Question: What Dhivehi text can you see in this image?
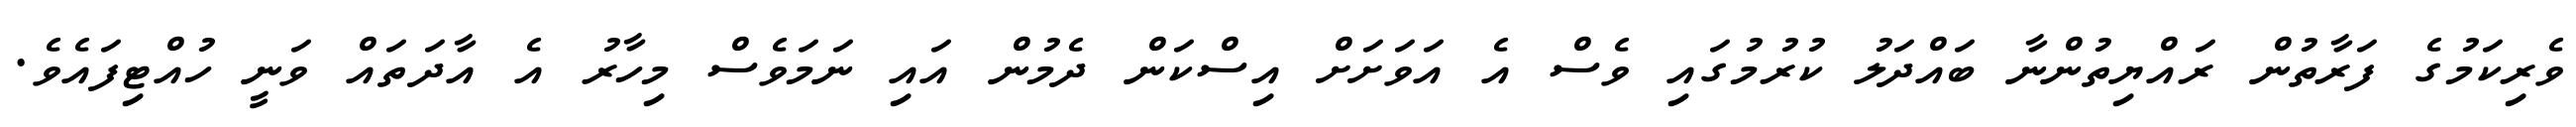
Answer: ވެރިކަމުގެ ފަރާތުން ރައްޔިތުންނާ ބައްދަލު ކުރުމުގައި ވެސް އެ އަވަށަށް އިސްކަން ދެމުން އައި ނަމަވެސް މިހާރު އެ އާދަތައް ވަނީ ހުއްޓިފައެވެ.